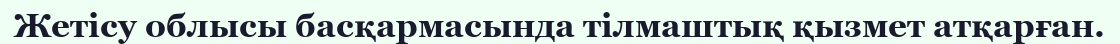
Жетісу облысы басқармасында тілмаштық қызмет атқарған.